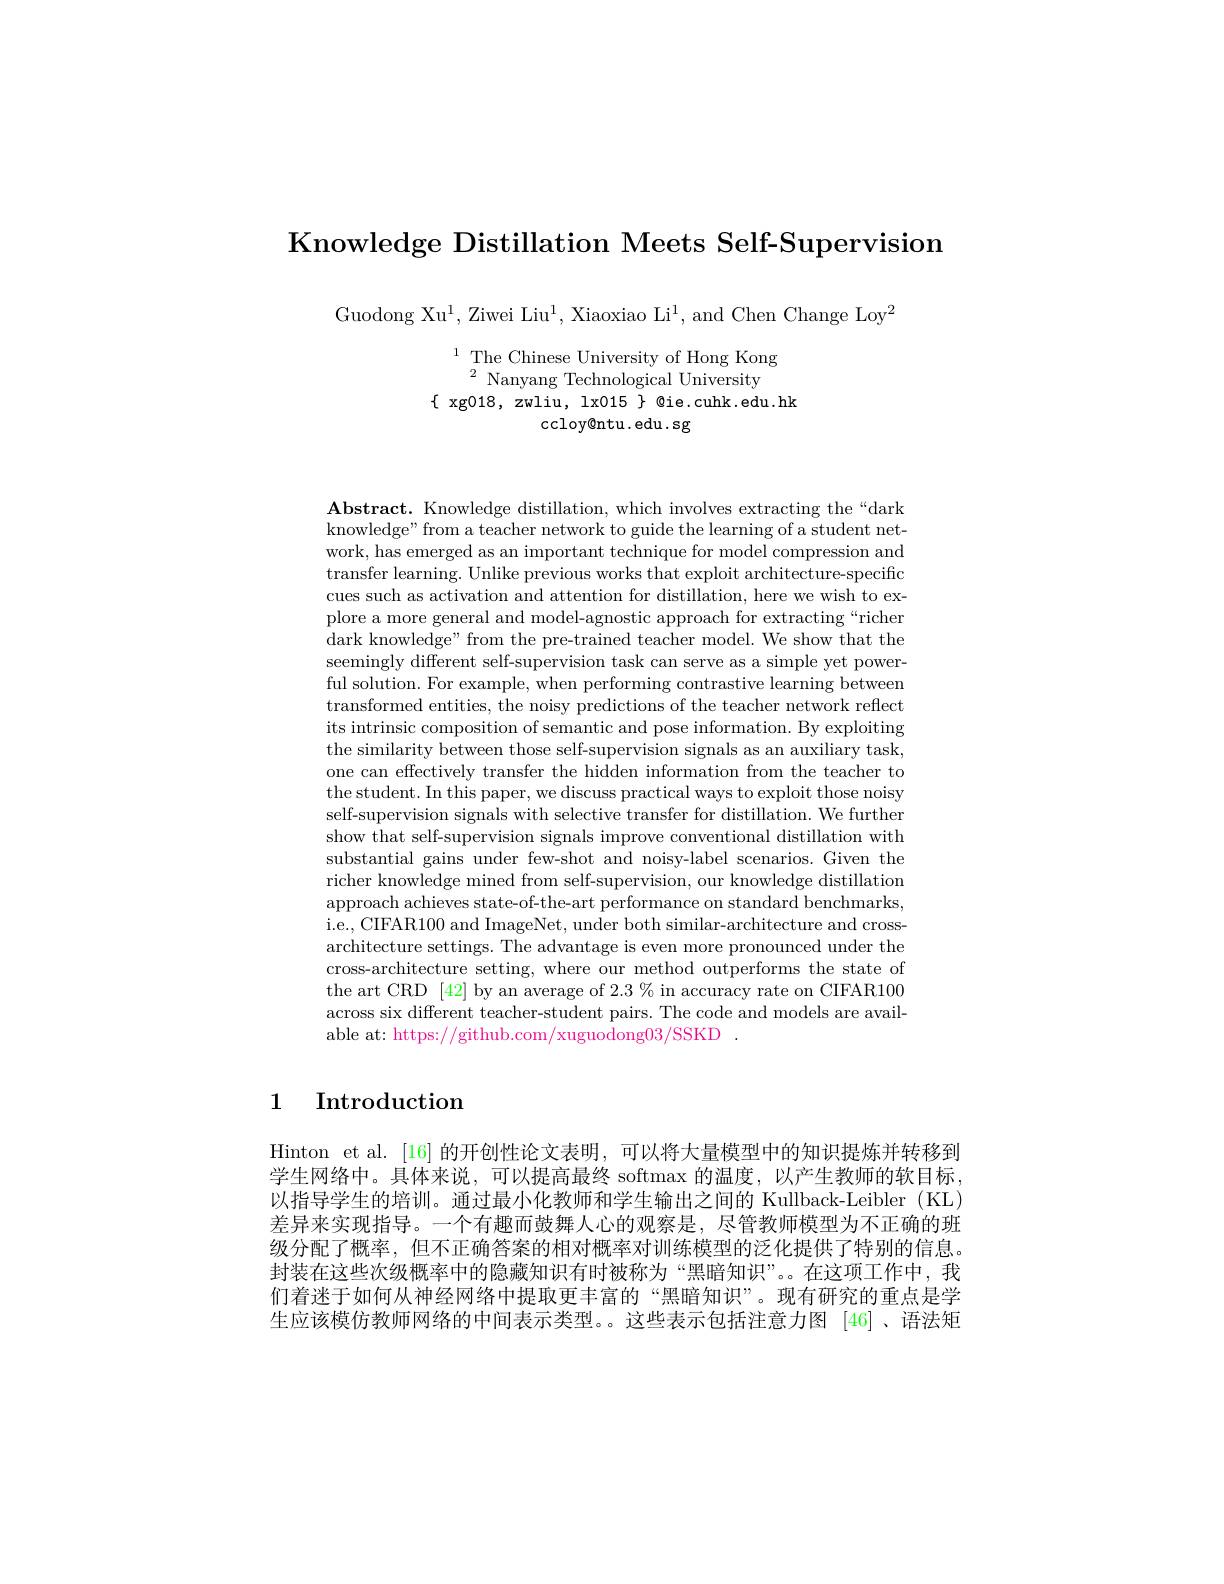
Knowledge Distillation Meets Self-Supervision

Guodong Xu$^1$,Ziwei Liu$^1$, Xiaoxiao Li$^1$, and Chen Change Loy$^2$

$^{1}$The Chinese University of Hong Kong
$^{2}$ Nanyang Technological University
$\{$ xg018, zwliu, lx015 $\}$ @ie.cuhk.edu.hk
ccloy@ntu.edu.sg

Abstract. Knowledge distillation, which involves extracting the“dark knowledge" from a teacher network to guide the learning of a student network, has emerged as an important technique for model compression and transfer learning. Unlike previous works that exploit architecture-specific cues such as activation and attention for distillation, here we wish to explore a more general and model-agnostic approach for extracting“richer dark knowledge" from the pre-trained teacher model. We show that the seemingly different self-supervision task can serve as a simple yet powerful solution. For example, when performing contrastive learning between transformed entities, the noisy predictions of the teacher network reflect its intrinsic composition of semantic and pose information. By exploiting the similarity between those self-supervision signals as an auxiliary task, one can effectively transfer the hidden information from the teacher to the student. In this paper, we discuss practical ways to exploit those noisy self-supervision signals with selective transfer for distillation. We further show that self-supervision signals improve conventional distillation with substantial gains under few-shot and noisy-label scenarios. Given the richer knowledge mined from self-supervision, our knowledge distillation approach achieves state-of-the-art performance on standard benchmarks, i.e., CIFAR100 and ImageNet, under both similar-architecture and crossarchitecture settings. The advantage is even more pronounced under the cross-architecture setting, where our method outperforms the state of the art CRD [42] by an average of $2.3\%$ in accuracy rate on CIFAR100 across six different teacher-student pairs. The code and models are available at: https://github.com/xuguodong03/SSKD .

## 1 Introduction

Hinton et al. [16] 的开创性论文表明，可以将大量模型中的知识提炼并转移到学生网络中。具体来说，可以提高最终 softmax 的温度，以产生教师的软目标以指导学生的培训。通过最小化教师和学生输出之间的 Kullback-Leibler(KL) 差异来实现指导。一个有趣而鼓舞人心的观察是，尽管教师模型为不正确的班级分配了概率，但不正确答案的相对概率对训练模型的泛化提供了特别的信息。封装在这些次级概率中的隐藏知识有时被称为“黑暗知识”。在这项工作中，我们着迷于如何从神经网络中提取更丰富的“黑暗知识”。现有研究的重点是学生应该模仿教师网络的中间表示类型。。这些表示包括注意力图 [46]、语法矩